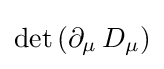
\det \left(\partial _{\mu }\,D_{\mu }\right)